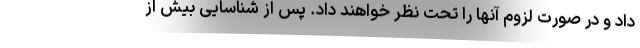
داد و در صورت لزوم آنها را تحت نظر خواهند داد. پس از شناسایی بیش از